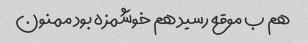
هم ب موقع رسید هم خوشمزه بود ممنون